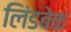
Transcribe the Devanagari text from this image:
लिंडबेक